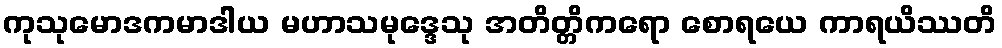
ကုသုမောဒကမာဒါယ မဟာသမုဒ္ဒေသု အတိတ္တိကရော စောရယေ ကာရယိဿတိ